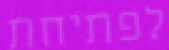
לפתיחת